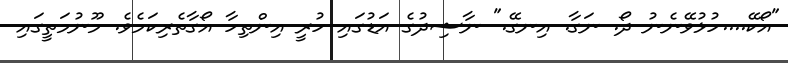
"އޯކޭ....ހުޅުވޭނެނު ދޯ. ނަގާ. އިނގޭ." ނާޝިދުގެ އަޑުގައި ހުރީ އިންތިހާ އޯގާތެރިކަމެވެ. މޫނުމަތީގައި